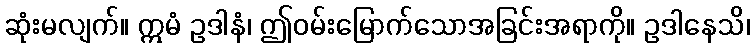
ဆုံးမလျက်။ ဣမံ ဥဒါနံ၊ ဤဝမ်းမြောက်သောအခြင်းအရာကို။ ဥဒါနေသိ၊